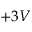
+ 3 V